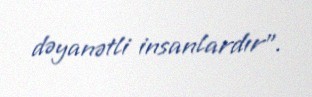
dəyanətli insanlardır”.